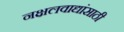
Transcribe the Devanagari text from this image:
नक्षलवाद्यांसाठी